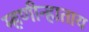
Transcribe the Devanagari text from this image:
म्हणीन्हाताय